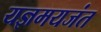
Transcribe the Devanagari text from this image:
यज्ञमयजंत